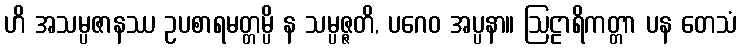
ဟိ အသမ္ပဇာနဿ ဥပစာရမတ္တမ္ပိ န သမ္ပဇ္ဇတိ, ပဂေဝ အပ္ပနာ။ ဩဠာရိကတ္တာ ပန တေသံ